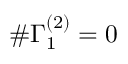
\# \Gamma _ { 1 } ^ { ( 2 ) } = 0